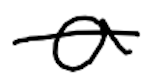
Text: a
Cross-out: single-line
Writing tool: digital_black